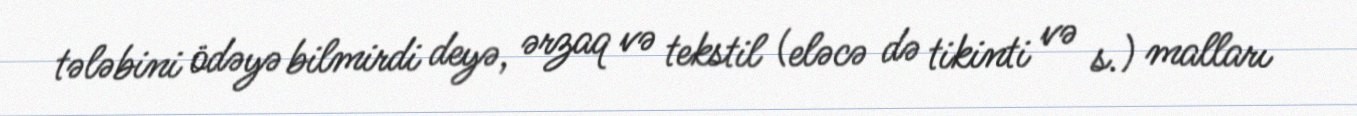
tələbini ödəyə bilmirdi deyə, ərzaq və tekstil (eləcə də tikinti və s.) malları